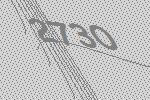
2730